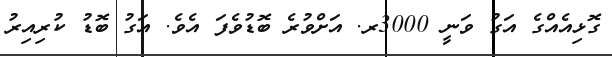
ގޮޅިއެއްގެ އަގު ވަނީ 3000ރ. އަށްވުރެ ބޮޑުވެފަ އެވެ. އަގު ބޮޑު ކުރިއިރު